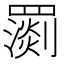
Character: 𦌧